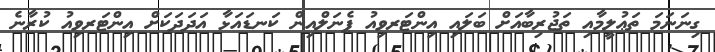
ގިނަނަމަ ތަޢުލީމާއި ތަޖުރިބާއަށް ބަލައި އިންޓަރވިއު ޕެނަލްއިން ކަނޑައަޅާ އަދަދަކަށް އިންޓަރވިއު ކުރާނެ